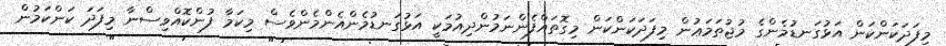
މިފަދަކަންކަން އަޅުގަނޑުމެންގެ މުޖުތަމަޢުން މިފަދަކަންކަން މިގޮތައްފެންނަމުންދިއުމަކީ އަޅުގަނޑުމެންއެންމެންވެސް މިކަމާ ފުންކޮއްވިސްނާ މިފަދަ ކަންކަމުން